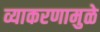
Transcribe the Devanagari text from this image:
व्याकरणामुळे